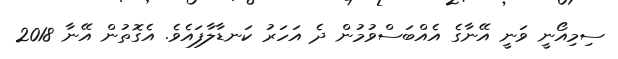
ސިމިއޯނީ ވަނީ އޭނާގެ އެއްބަސްވުމުން ދެ އަހަރު ކަނޑާލާފައެވެ. އެގޮތުން އޭނާ 2018